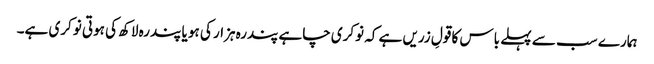
ہمارے سب سے پہلے باس کا قولِ زریں ہے کہ نوکری چاہے پندرہ ہزار کی ہو یا پندرہ لاکھ کی ہوتی نوکری ہے۔